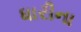
ધારીના